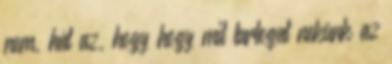
nem, hát az, hogy hogy mit tartogat nekünk az